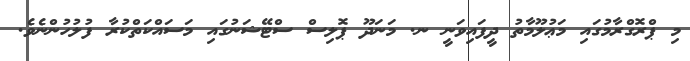
މި ޕްރޮގްރާމުގައި މަޢުލޫމާތު ދީފައިވަނީ ނ. މަނަދޫ ޕޮލިސް ސްޓޭޝަނުގައި މަސައްކަތްކުރާ ފުލުހުންނެވެ.